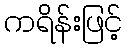
ကရိန်းဖြင့်